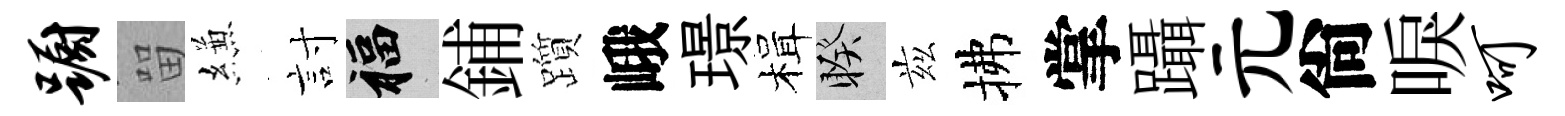
蹰㽞縑討福鋪躓峨璟楫睽兹拂掌躡元尙唳呵